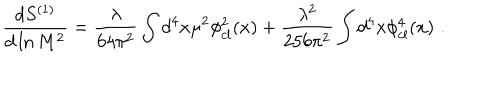
{ \frac { d S ^ { ( 1 ) } } { d \ln M ^ { 2 } } } = { \frac { \lambda } { 6 4 \pi ^ { 2 } } } \int d ^ { 4 } x \mu ^ { 2 } \phi _ { c l } ^ { 2 } ( x ) + { \frac { \lambda ^ { 2 } } { 2 5 6 \pi ^ { 2 } } } \int d ^ { 4 } x \phi _ { c l } ^ { 4 } ( x ) \, \, .